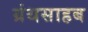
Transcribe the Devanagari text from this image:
ग्रंथसाहब